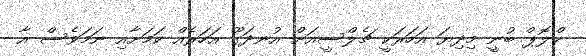
ކްލޮޕް ބުނީ މިދިޔަ އަހަރަކީ ޗެލްސީއަށް އުނދަގޫ އަހަރެއް ކަމަށާއި ނަމަވެސް އާ